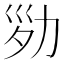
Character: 𠡝